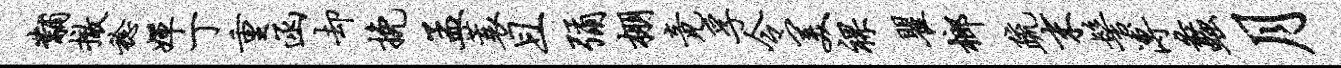
黼撤稔婵丁重函却挽孟蓑且弥棚竟孚令美裸瞿榔疏末髻溥蠡月